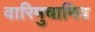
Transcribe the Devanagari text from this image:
वारिमुचामिव